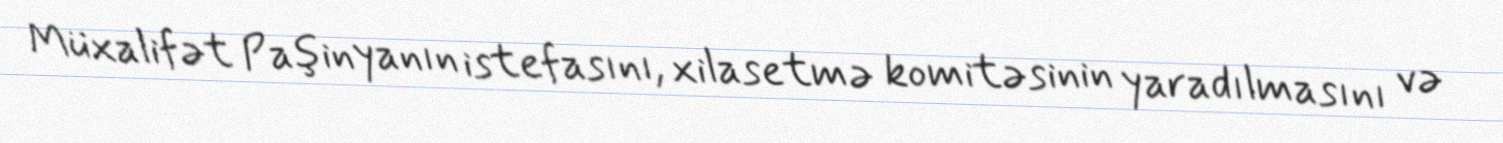
Müxalifət Paşinyanın istefasını, xilasetmə komitəsinin yaradılmasını və